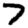
Digit: 7